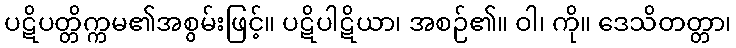
ပဋိပတ္တိက္ကမ၏အစွမ်းဖြင့်။ ပဋိပါဋိယာ၊ အစဉ်၏။ ဝါ၊ ကို။ ဒေသိတတ္တာ၊